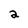
Character: 2